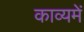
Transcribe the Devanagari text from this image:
काव्यमें